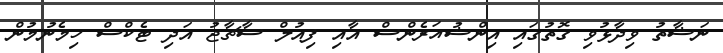
ނަޝާތު ވިދާޅުވި ގޮތުގައި އިންޝުއަރެންސް އާއި ފިއުލް ސާޗާޖު އަދި ޓެކްސް ހިމެނުމުން